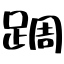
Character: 𨂊